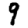
Digit: 9